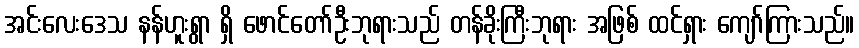
အင်းလေးဒေသ နန်ဟူးရွာ ရှိ ဖောင်တော်ဦးဘုရားသည် တန်ခိုးကြီးဘုရား အဖြစ် ထင်ရှား ကျော်ကြားသည်။